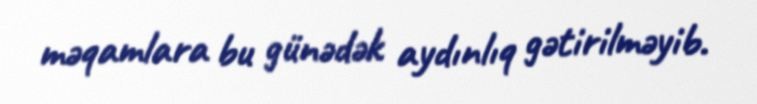
məqamlara bu günədək aydınlıq gətirilməyib.